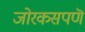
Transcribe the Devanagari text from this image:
जोरकसपणॆ